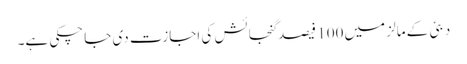
دبئی کے مالز میں 100 فیصد گنجائش کی اجازت دی جاچکی ہے۔